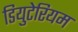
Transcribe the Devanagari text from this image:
डियुटेरियम